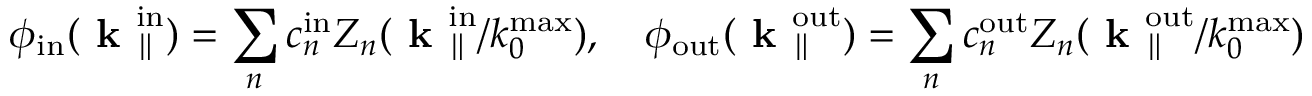
\phi _ { \mathrm { i n } } ( \textbf { k } _ { \parallel } ^ { \mathrm { i n } } ) = \sum _ { n } c _ { n } ^ { \mathrm { i n } } Z _ { n } ( \textbf { k } _ { \parallel } ^ { \mathrm { i n } } / k _ { 0 } ^ { \mathrm { m a x } } ) , \quad \phi _ { \mathrm { o u t } } ( \textbf { k } _ { \parallel } ^ { \mathrm { o u t } } ) = \sum _ { n } c _ { n } ^ { \mathrm { o u t } } Z _ { n } ( \textbf { k } _ { \parallel } ^ { \mathrm { o u t } } / k _ { 0 } ^ { \mathrm { m a x } } )